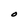
Character: O